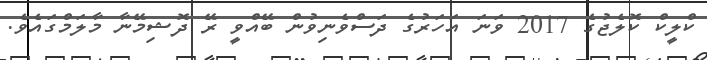
ކްލީކް ކޮލެޖުގެ 2017 ވަނަ އަހަރުގެ ދަސްވެނިވުން ބޭއްވީ ރޭ ދޮޝިމޭނާ މާލަމްގައެވެ.